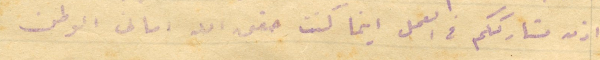
اذن مشارككم في العمل اينما كنت حقق الله امانى الوطن